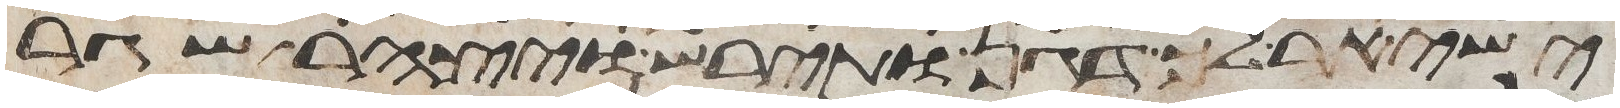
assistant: ישאיר לך דגן ותירש ויצהר שגר